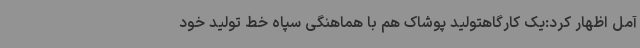
آمل اظهار کرد:‌یک کارگاهتولید پوشاک هم با هماهنگی سپاه خط تولید خود